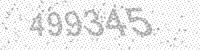
Solution: 499345